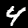
Label: 4